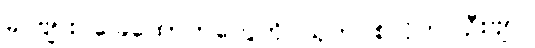
ခင်ဗျား ခြေထောက်တွေကို သုတ်ပစ်လိုက်ပါဦးဗျာ။